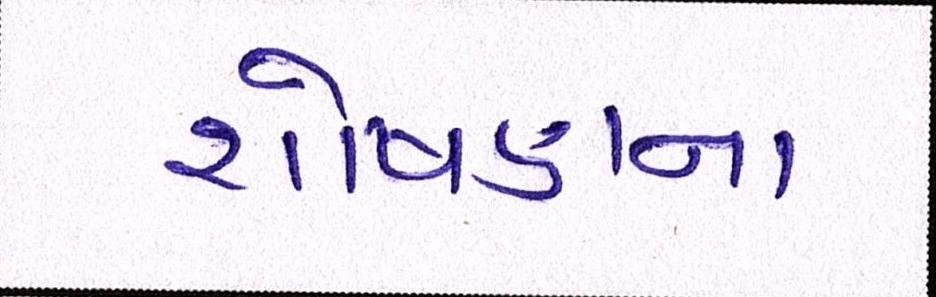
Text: શોષણના